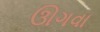
ઊગવા